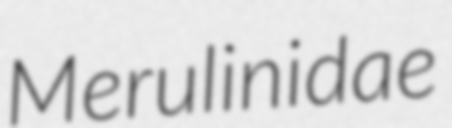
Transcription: Merulinidae